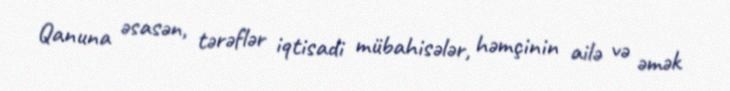
Qanuna əsasən, tərəflər iqtisadi mübahisələr, həmçinin ailə və əmək